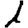
Digit: 1